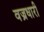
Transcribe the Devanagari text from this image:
वज्रधारी